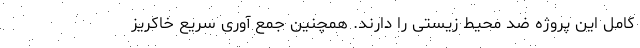
کامل این پروژه ضد محیط زیستی را دارند. همچنین جمع آوری سریع خاکریز